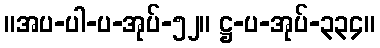
။အပ-ပါ-ပ-အုပ်-၅၂။ ဋ္ဌ-ပ-အုပ်-၃၃၄။